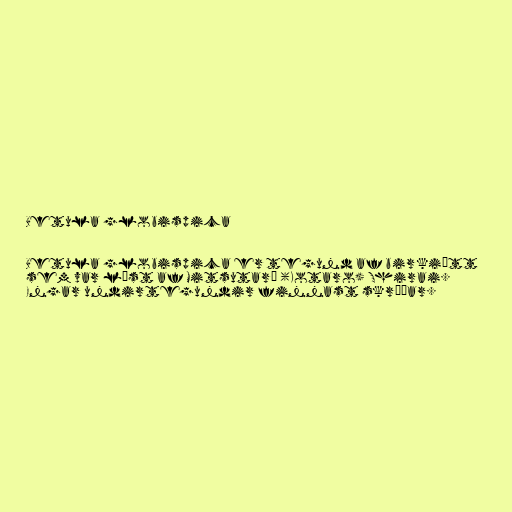
Betula globispica

Betula globispica er tegund af birkiætt
sem var lýst af Mitsutarô (Kotaro) Shirai.
Engar undirtegundir finnast skráðar.